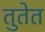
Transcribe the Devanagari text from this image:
तुतेत